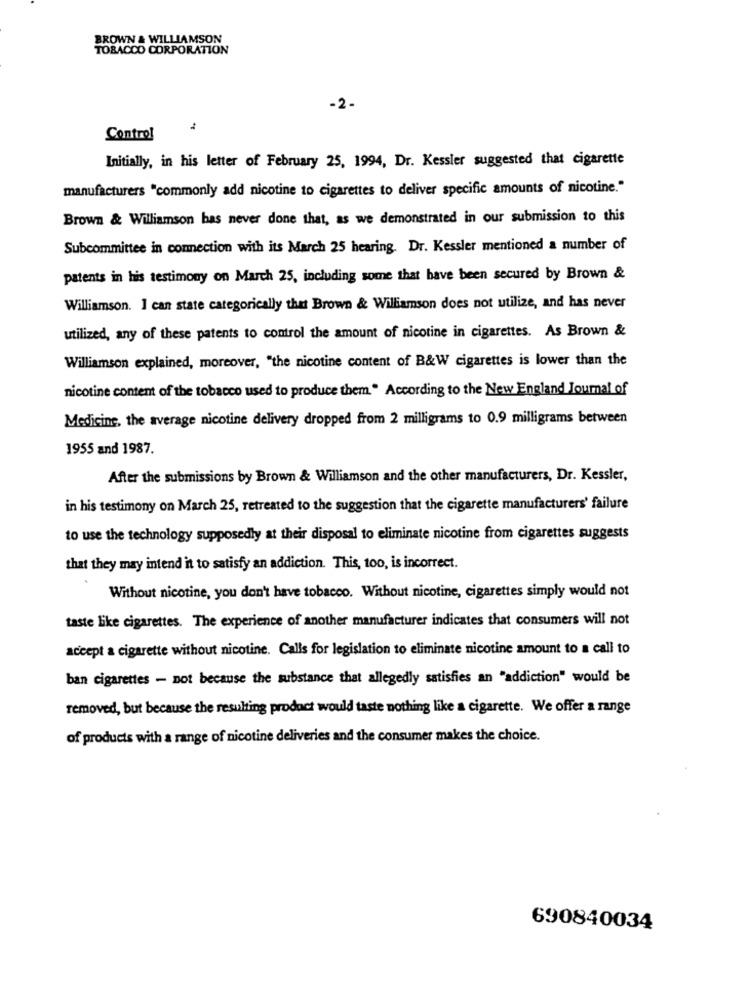
BROWN & WILLIAMSON
TOBACCO CORPORATION
-2-
Control
Initially, in his letter of February 25, 1994, Dr. Kessler suggested that cigarette
manufacturers "commonly add nicotine to cigarettes to deliver specific amounts of nicotine."
Brown & Williamson bas never done that, as we demonstrated in our submission to this
Subcommittee in connection with its March 25 hearing. Dr. Kessler mentioned a number of
patents in his testimony on March 25, including some that have been secured by Brown &
Williamson. I can state categorically thet Brown & Williamson does not utilize, and has never
utilized, any of these patents to control the amount of nicotine in cigarettes. As Brown &
Williamson explained, moreover, "the nicotine content of B&W cigarettes is lower than the
nicotine content of the tobacco used to produce them " According to the New England Journal of
Medicine, the average nicotine delivery dropped from 2 milligrams to 0.9 milligrams between
1955 and 1987.
After the submissions by Brown & Williamson and the other manufacturers, Dr. Kessler,
in his testimony on March 25, retreated to the suggestion that the cigarette manufacturers' failure
to use the technology supposedly at their disposal to eliminate nicotine from cigarettes suggests
that they may intend it to satisfy an addiction. This, too, is incorrect.
Without nicotine, you don't have tobacco. Without nicotine, cigarettes simply would not
taste like cigarettes. The experience of another manufacturer indicates that consumers will not
accept a cigarette without nicotine. Calls for legislation to eliminate nicotine amount to a call to
ban cigarettes - not because the substance that allegedly satisfies an "addiction" would be
removed, but because the resulting product would taste nothing like a cigarette. We offer a range
of products with a range of nicotine deliveries and the consumer makes the choice.
690840034